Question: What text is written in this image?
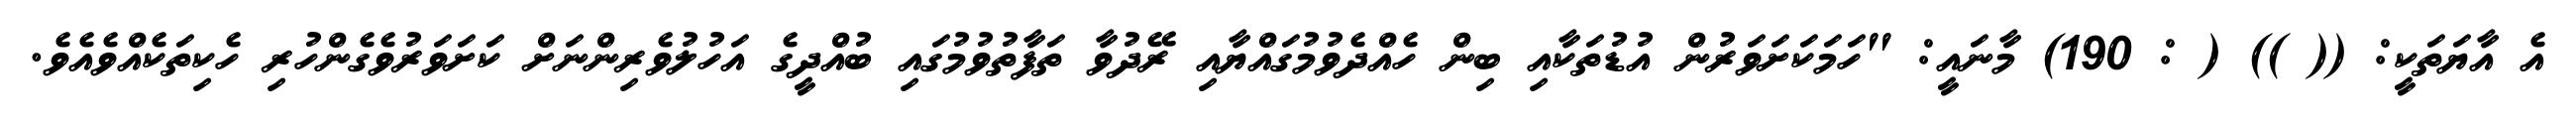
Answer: އެ އާޔަތަކީ: (( )) ( : 190) މާނައީ: "ހަމަކަށަވަރުން އުޑުތަކާއި ބިން ހެއްދެވުމުގައްޔާއި ރޭދުވާ ތަފާތުވުމުގައި ބުއްދީގެ އަހުލުވެރިންނަށް ކަށަވަރުވެގެންހުރި ހެކިތަކެއްވެއެވެ.